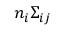
n _ { i } \Sigma _ { i j }